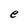
Character: e